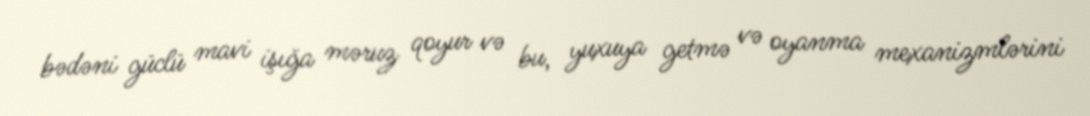
bədəni güclü mavi işığa məruz qoyur və bu, yuxuya getmə və oyanma mexanizmlərini